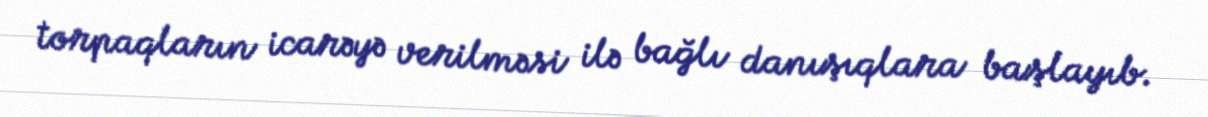
torpaqların icarəyə verilməsi ilə bağlı danışıqlara başlayıb.